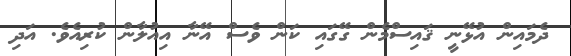
ދެމައިން އުޅޭނީ ޤައިސްމެން ގޭގައި ކަން ވެސް އޭނާ އިއުލާން ކުރިއެވެ. އަދި